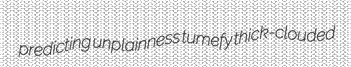
predicting unplainness tumefy thick-clouded